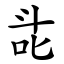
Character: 㖍